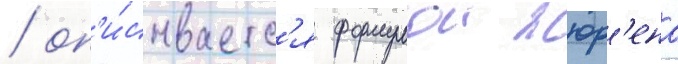
/ оп'и́сываетс'я формулои жюр'ена